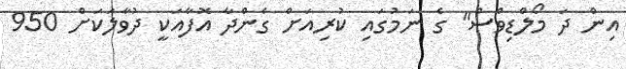
އިން ދަ މޯލްޑިވްސް" ގެ ނަމުގައި ކުރިއަށް ގެންދާ އޮފާއަކީ ދުވާލަކަށް 950